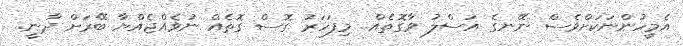
އެމީހުންނަކަށްވެސް ނޭނގެ އަސްލު ވާގޮތެއް.. މިފަހަރު ގޮސް ގޮތެއް ނުވެއްޖެއްޔާ ބޭރަށް ދާނީ..